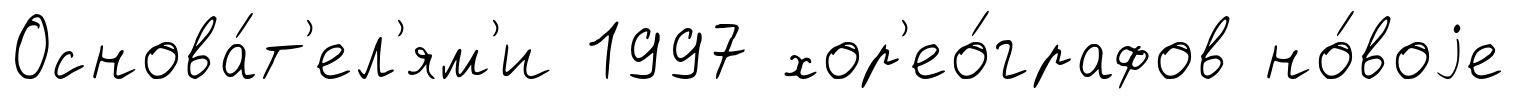
Основа́т'ел'ям'и 1997 хор'ео́графов но́воjе